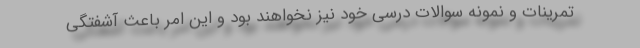
تمرینات و نمونه سوالات درسی خود نیز نخواهند بود و این امر باعث آشفتگی